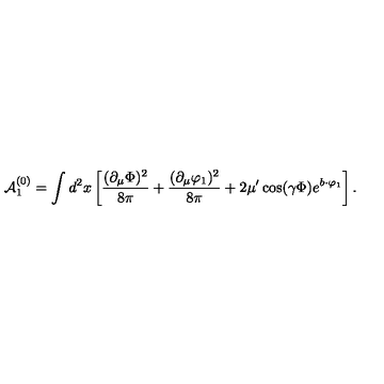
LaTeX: { \cal A } _ { 1 } ^ { ( 0 ) } = \int d ^ { 2 } x \left[ \frac { ( \partial _ { \mu } \Phi ) ^ { 2 } } { 8 \pi } + \frac { ( \partial _ { \mu } \varphi _ { 1 } ) ^ { 2 } } { 8 \pi } + 2 \mu ^ { \prime } \cos ( \gamma \Phi ) e ^ { b \cdot \varphi _ { 1 } } \right] .